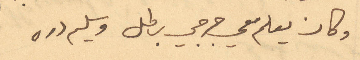
وكان يعلم معي جرجي بطل وسليم دره